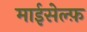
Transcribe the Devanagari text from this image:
माईसेल्फ़